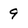
Character: 9